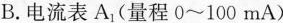
B. 电流表A_{1}(量程0~100mA)